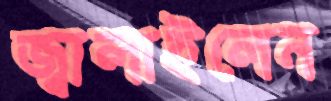
জ্বালাইলেন